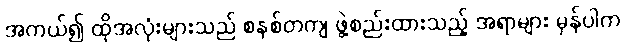
အကယ်၍ ထိုအလုံးများသည် စနစ်တကျ ဖွဲ့စည်းထားသည့် အရာများ မှန်ပါက